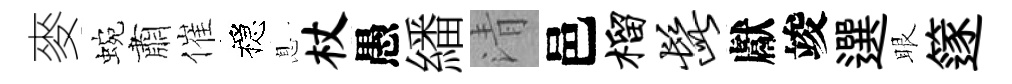
麥蜿肅催穩息杖愚繙清邑榴髭獻竣選眼篴